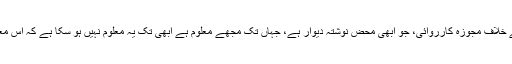
جہاں تک علی گڑھ مسلم یونیورسٹی کے وائس چانسلر کے خلاف مجوزہ کارروائی، جو ابھی محض نوشتۂ دیوار ہے، جہاں تک مجھے معلوم ہے ابھی تک یہ معلوم نہیں ہو سکا ہے کہ اس معاملہ میں قانونی طور پر کوئی پیش رفت ہوئی ہے یا نہیں۔